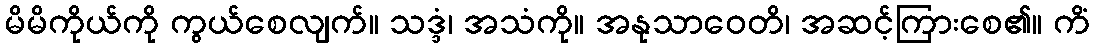
မိမိကိုယ်ကို ကွယ်စေလျက်။ သဒ္ဒံ၊ အသံကို။ အနုသာဝေတိ၊ အဆင့်ကြားစေ၏။ ကိံ